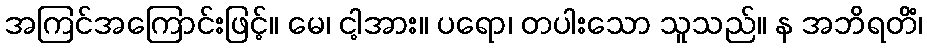
အကြင်အကြောင်းဖြင့်။ မေ၊ ငါ့အား။ ပရော၊ တပါးသော သူသည်။ န အဘိရတိံ၊